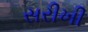
સરીખી